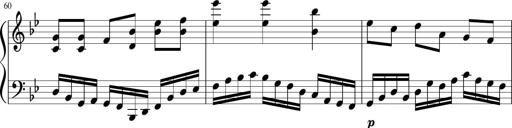
Title: Sonatina in F major
Composer: Ethan Ngo
Key: F major